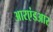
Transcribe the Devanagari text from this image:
आरएंडआर